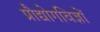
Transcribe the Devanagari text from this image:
प्रौद्योगविज्ञों